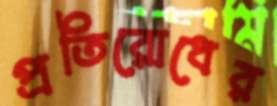
প্রতিরোধের